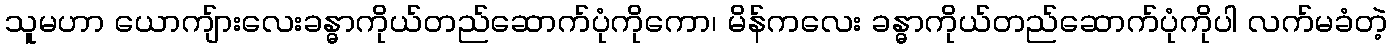
သူမဟာ ယောကျ်ားလေးခန္ဓာကိုယ်တည်ဆောက်ပုံကိုကော၊ မိန်ကလေး ခန္ဓာကိုယ်တည်ဆောက်ပုံကိုပါ လက်မခံတဲ့